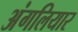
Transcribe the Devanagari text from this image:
अंगलियार